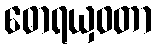
ဓောရယှဝတာ